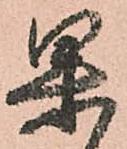
果